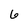
Character: 6